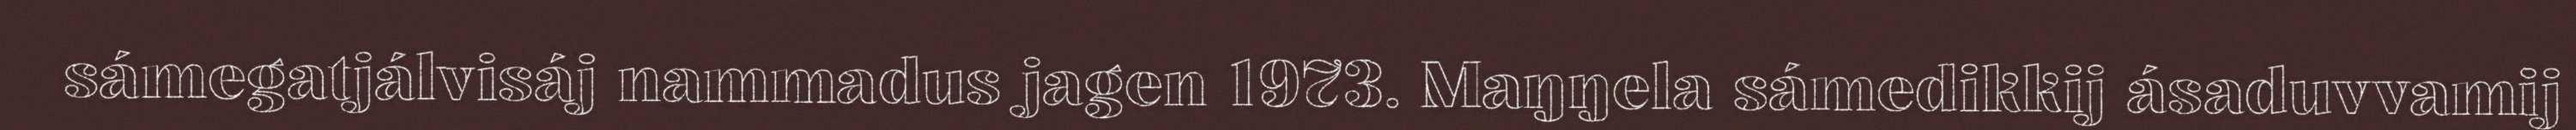
sámegatjálvisáj nammadus jagen 1973. Maŋŋela sámedikkij ásaduvvamij